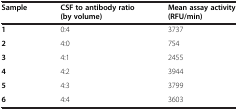
| Sample | CSF to antibody ratio (by volume) | Mean assay activity (RFU/min) |
 | --- | --- | --- |
 | 1 | 0:4 | 3737 |
 | 2 | 4:0 | 754 |
 | 3 | 4:1 | 2455 |
 | 4 | 4:2 | 3944 |
 | 5 | 4:3 | 3799 |
 | 6 | 4:4 | 3603 |